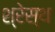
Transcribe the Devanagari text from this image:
श्रेस्थ